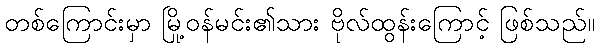
တစ်ကြောင်းမှာ မြို့ဝန်မင်း၏သား ဗိုလ်ထွန်းကြောင့် ဖြစ်သည်။